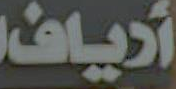
أرياف